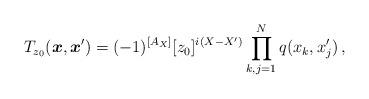
LaTeX: \begin{align*}T_{z_0}(\boldsymbol{x},\boldsymbol{x}^\prime)=(-1)^{[A_X]}[z_0]^{i(X-X')}\prod_{k,j=1}^{N}q(x_k,x'_j)\,,\end{align*}